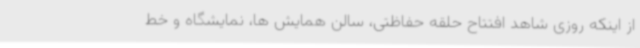
از اینکه روزی شاهد افتتاح حلقه حفاظتی، سالن همایش ها، نمایشگاه و خط